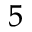
^ 5